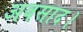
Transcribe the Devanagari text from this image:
अवसाद।